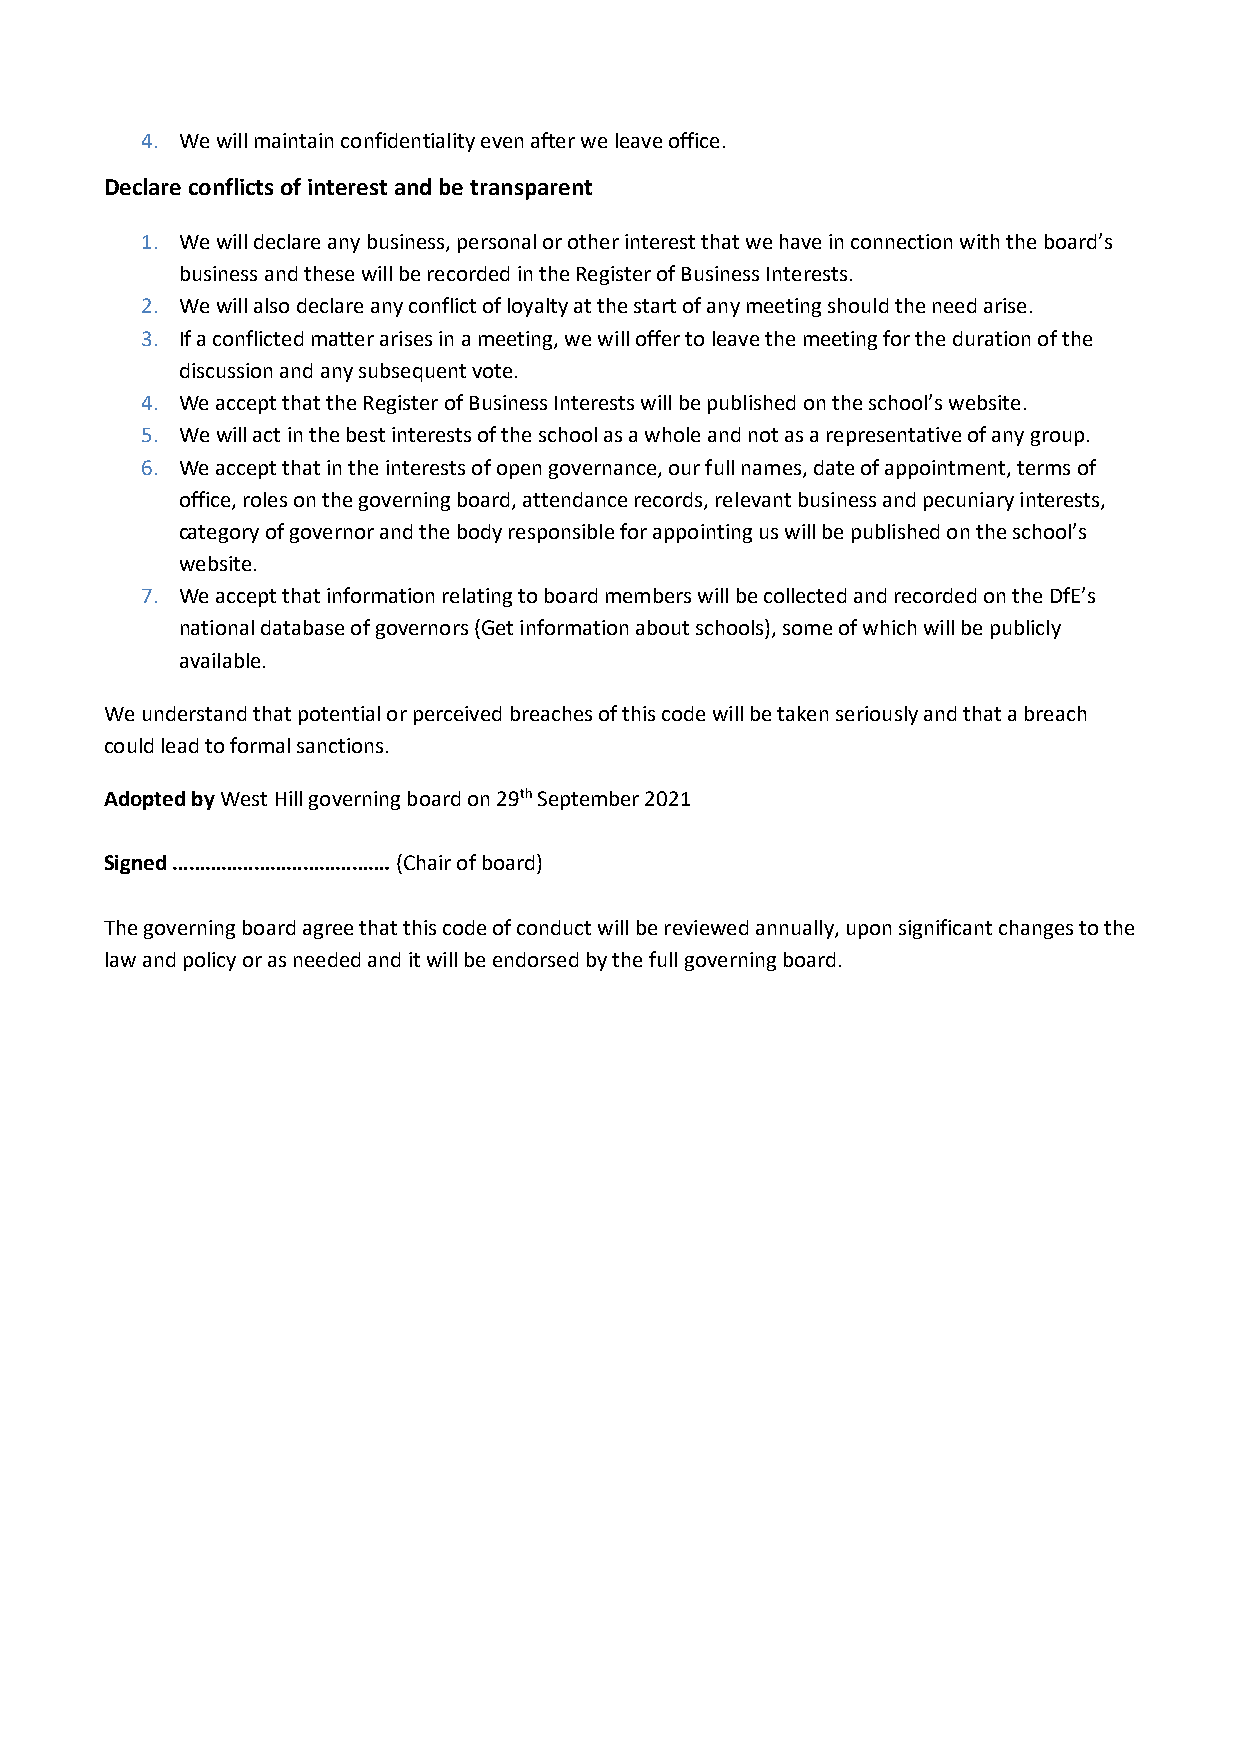
4. We will maintain confidentiality even after we leave office.
 Declare conflicts of interest and be transparent
 1. We will declare any business, personal or other interest that we have in connection with the board’s
 business and these will be recorded in the Register of Business Interests.
 2. We will also declare any conflict of loyalty at the start of any meeting should the need arise.
 3. If a conflicted matter arises in a meeting, we will offer to leave the meeting for the duration of the
 discussion and any subsequent vote.
 4. We accept that the Register of Business Interests will be published on the school’s website.
 5. We will act in the best interests of the school as a whole and not as a representative of any group.
 6. We accept that in the interests of open governance, our full names, date of appointment, terms of
 office, roles on the governing board, attendance records, relevant business and pecuniary interests,
 category of governor and the body responsible for appointing us will be published on the school’s
 website.
 7. We accept that information relating to board members will be collected and recorded on the DfE’s
 national database of governors (Get information about schools), some of which will be publicly
 available.
 We understand that potential or perceived breaches of this code will be taken seriously and that a breach
 could lead to formal sanctions.
 Adopted by West Hill governing board on 29th September 2021
 Signed …………………………………. (Chair of board)
 The governing board agree that this code of conduct will be reviewed annually, upon significant changes to the
 law and policy or as needed and it will be endorsed by the full governing board.